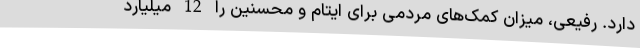
دارد. رفیعی، میزان کمک‌های مردمی برای ایتام و محسنین را 12 میلیارد